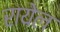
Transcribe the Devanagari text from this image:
रायेल